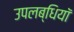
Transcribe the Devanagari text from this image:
उपलब्धियॉ